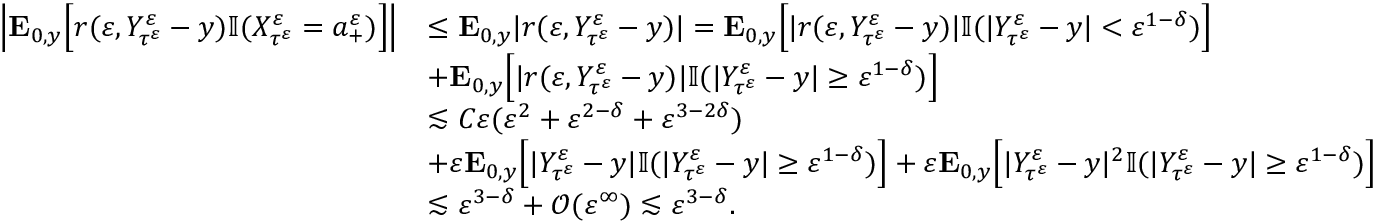
\begin{array} { r l } { \Big | \mathbf { E } _ { 0 , y } \Big [ r ( \varepsilon , Y _ { \tau ^ { \varepsilon } } ^ { \varepsilon } - y ) \mathbb { I } ( X _ { \tau ^ { \varepsilon } } ^ { \varepsilon } = a _ { + } ^ { \varepsilon } ) \Big ] \Big | } & { \leq \mathbf { E } _ { 0 , y } | r ( \varepsilon , Y _ { \tau ^ { \varepsilon } } ^ { \varepsilon } - y ) | = \mathbf { E } _ { 0 , y } \Big [ | r ( \varepsilon , Y _ { \tau ^ { \varepsilon } } ^ { \varepsilon } - y ) | \mathbb { I } ( | Y _ { \tau ^ { \varepsilon } } ^ { \varepsilon } - y | < \varepsilon ^ { 1 - \delta } ) \Big ] } \\ & { + \mathbf { E } _ { 0 , y } \Big [ | r ( \varepsilon , Y _ { \tau ^ { \varepsilon } } ^ { \varepsilon } - y ) | \mathbb { I } ( | Y _ { \tau ^ { \varepsilon } } ^ { \varepsilon } - y | \geq \varepsilon ^ { 1 - \delta } ) \Big ] } \\ & { \lesssim C \varepsilon ( \varepsilon ^ { 2 } + \varepsilon ^ { 2 - \delta } + \varepsilon ^ { 3 - 2 \delta } ) } \\ & { + \varepsilon \mathbf { E } _ { 0 , y } \Big [ | Y _ { \tau ^ { \varepsilon } } ^ { \varepsilon } - y | \mathbb { I } ( | Y _ { \tau ^ { \varepsilon } } ^ { \varepsilon } - y | \geq \varepsilon ^ { 1 - \delta } ) \Big ] + \varepsilon \mathbf { E } _ { 0 , y } \Big [ | Y _ { \tau ^ { \varepsilon } } ^ { \varepsilon } - y | ^ { 2 } \mathbb { I } ( | Y _ { \tau ^ { \varepsilon } } ^ { \varepsilon } - y | \geq \varepsilon ^ { 1 - \delta } ) \Big ] } \\ & { \lesssim \varepsilon ^ { 3 - \delta } + \mathcal { O } ( \varepsilon ^ { \infty } ) \lesssim \varepsilon ^ { 3 - \delta } . } \end{array}